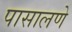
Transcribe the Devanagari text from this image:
पासालणे